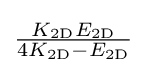
{\tfrac {K_{\mathrm {2D} }E_{\mathrm {2D} }}{4K_{\mathrm {2D} }-E_{\mathrm {2D} }}}